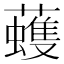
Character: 𧃀